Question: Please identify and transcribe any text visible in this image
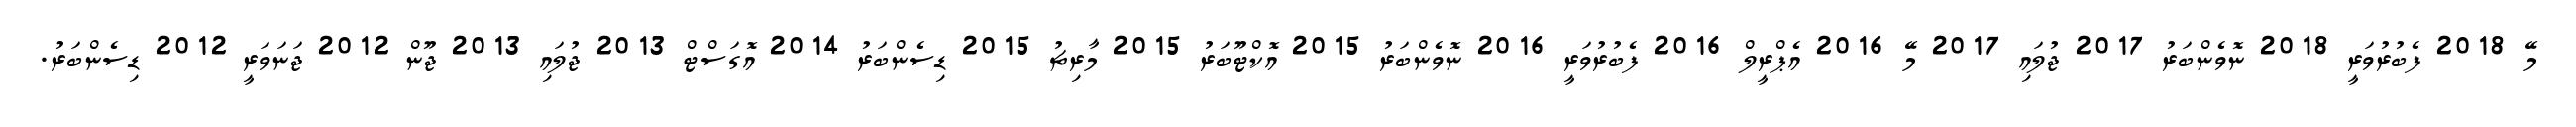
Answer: މޭ 2018 ފެބުރުވަރީ 2018 ނޮވެންބަރު 2017 ޖުލައި 2017 މޭ 2016 އެޕްރީލް 2016 ފެބުރުވަރީ 2016 ނޮވެންބަރު 2015 އޮކްޓޫބަރު 2015 މާރިޗު 2015 ޑިސެންބަރު 2014 އޮގަސްޓް 2013 ޖުލައި 2013 ޖޫން 2012 ޖަނަވަރީ 2012 ޑިސެންބަރު.